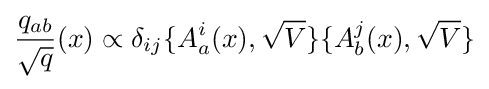
{q_{ab} \over {\sqrt {q}}}(x)\propto \delta _{ij}\{A_{a}^{i}(x),{\sqrt {V}}\}\{A_{b}^{j}(x),{\sqrt {V}}\}